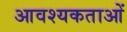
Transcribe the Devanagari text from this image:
आवश्यकताआें